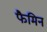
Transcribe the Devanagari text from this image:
फैमिन